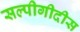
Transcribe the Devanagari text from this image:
सल्पीगीदीस